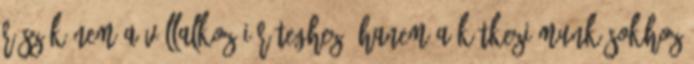
részük nem a vállalkozói réteghez, hanem a kétkezi munkásokhoz